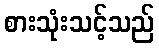
စားသုံးသင့်သည်